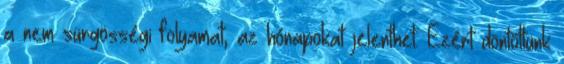
a nem sürgösségi folyamat, az hónapokat jelenthet. Ezért döntöttünk